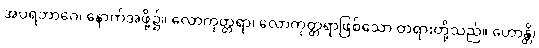
အပရဘာဂေ၊ နောက်အဖို့၌။ လောကုတ္တရာ၊ လောကုတ္တရာဖြစ်သော တရားတို့သည်။ ဟောန္တိ၊